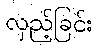
လှည့်ခြင်း